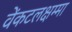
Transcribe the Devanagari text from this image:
वेंकटलक्षम्मा